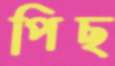
পিছ